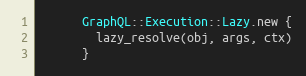
Language: Ruby
      GraphQL::Execution::Lazy.new {
        lazy_resolve(obj, args, ctx)
      }